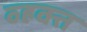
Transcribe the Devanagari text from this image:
व्हक्त